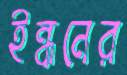
ইন্ধনের